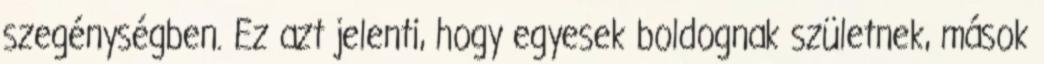
szegénységben. Ez azt jelenti, hogy egyesek boldognak születnek, mások